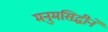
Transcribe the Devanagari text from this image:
मनुमसिद्धीने